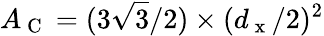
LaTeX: A_{\mathrm{~C~}}=(3\sqrt{3}/2)\times(d_{\mathrm{~x~}}/2)^{2}